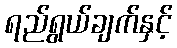
ရည်ရွယ်ချက်နှင့်